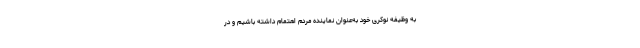
به وظیفه نوکری خود به‌عنوان نماینده مردم اهتمام داشته باشیم و در